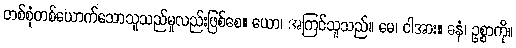
တစ်စုံတစ်ယောက်သောသူသည်မူလည်းဖြစ်စေ။ ယော၊ အကြင်သူသည်။ မေ၊ ငါအား။ ဓနံ၊ ဥစ္စာကို။